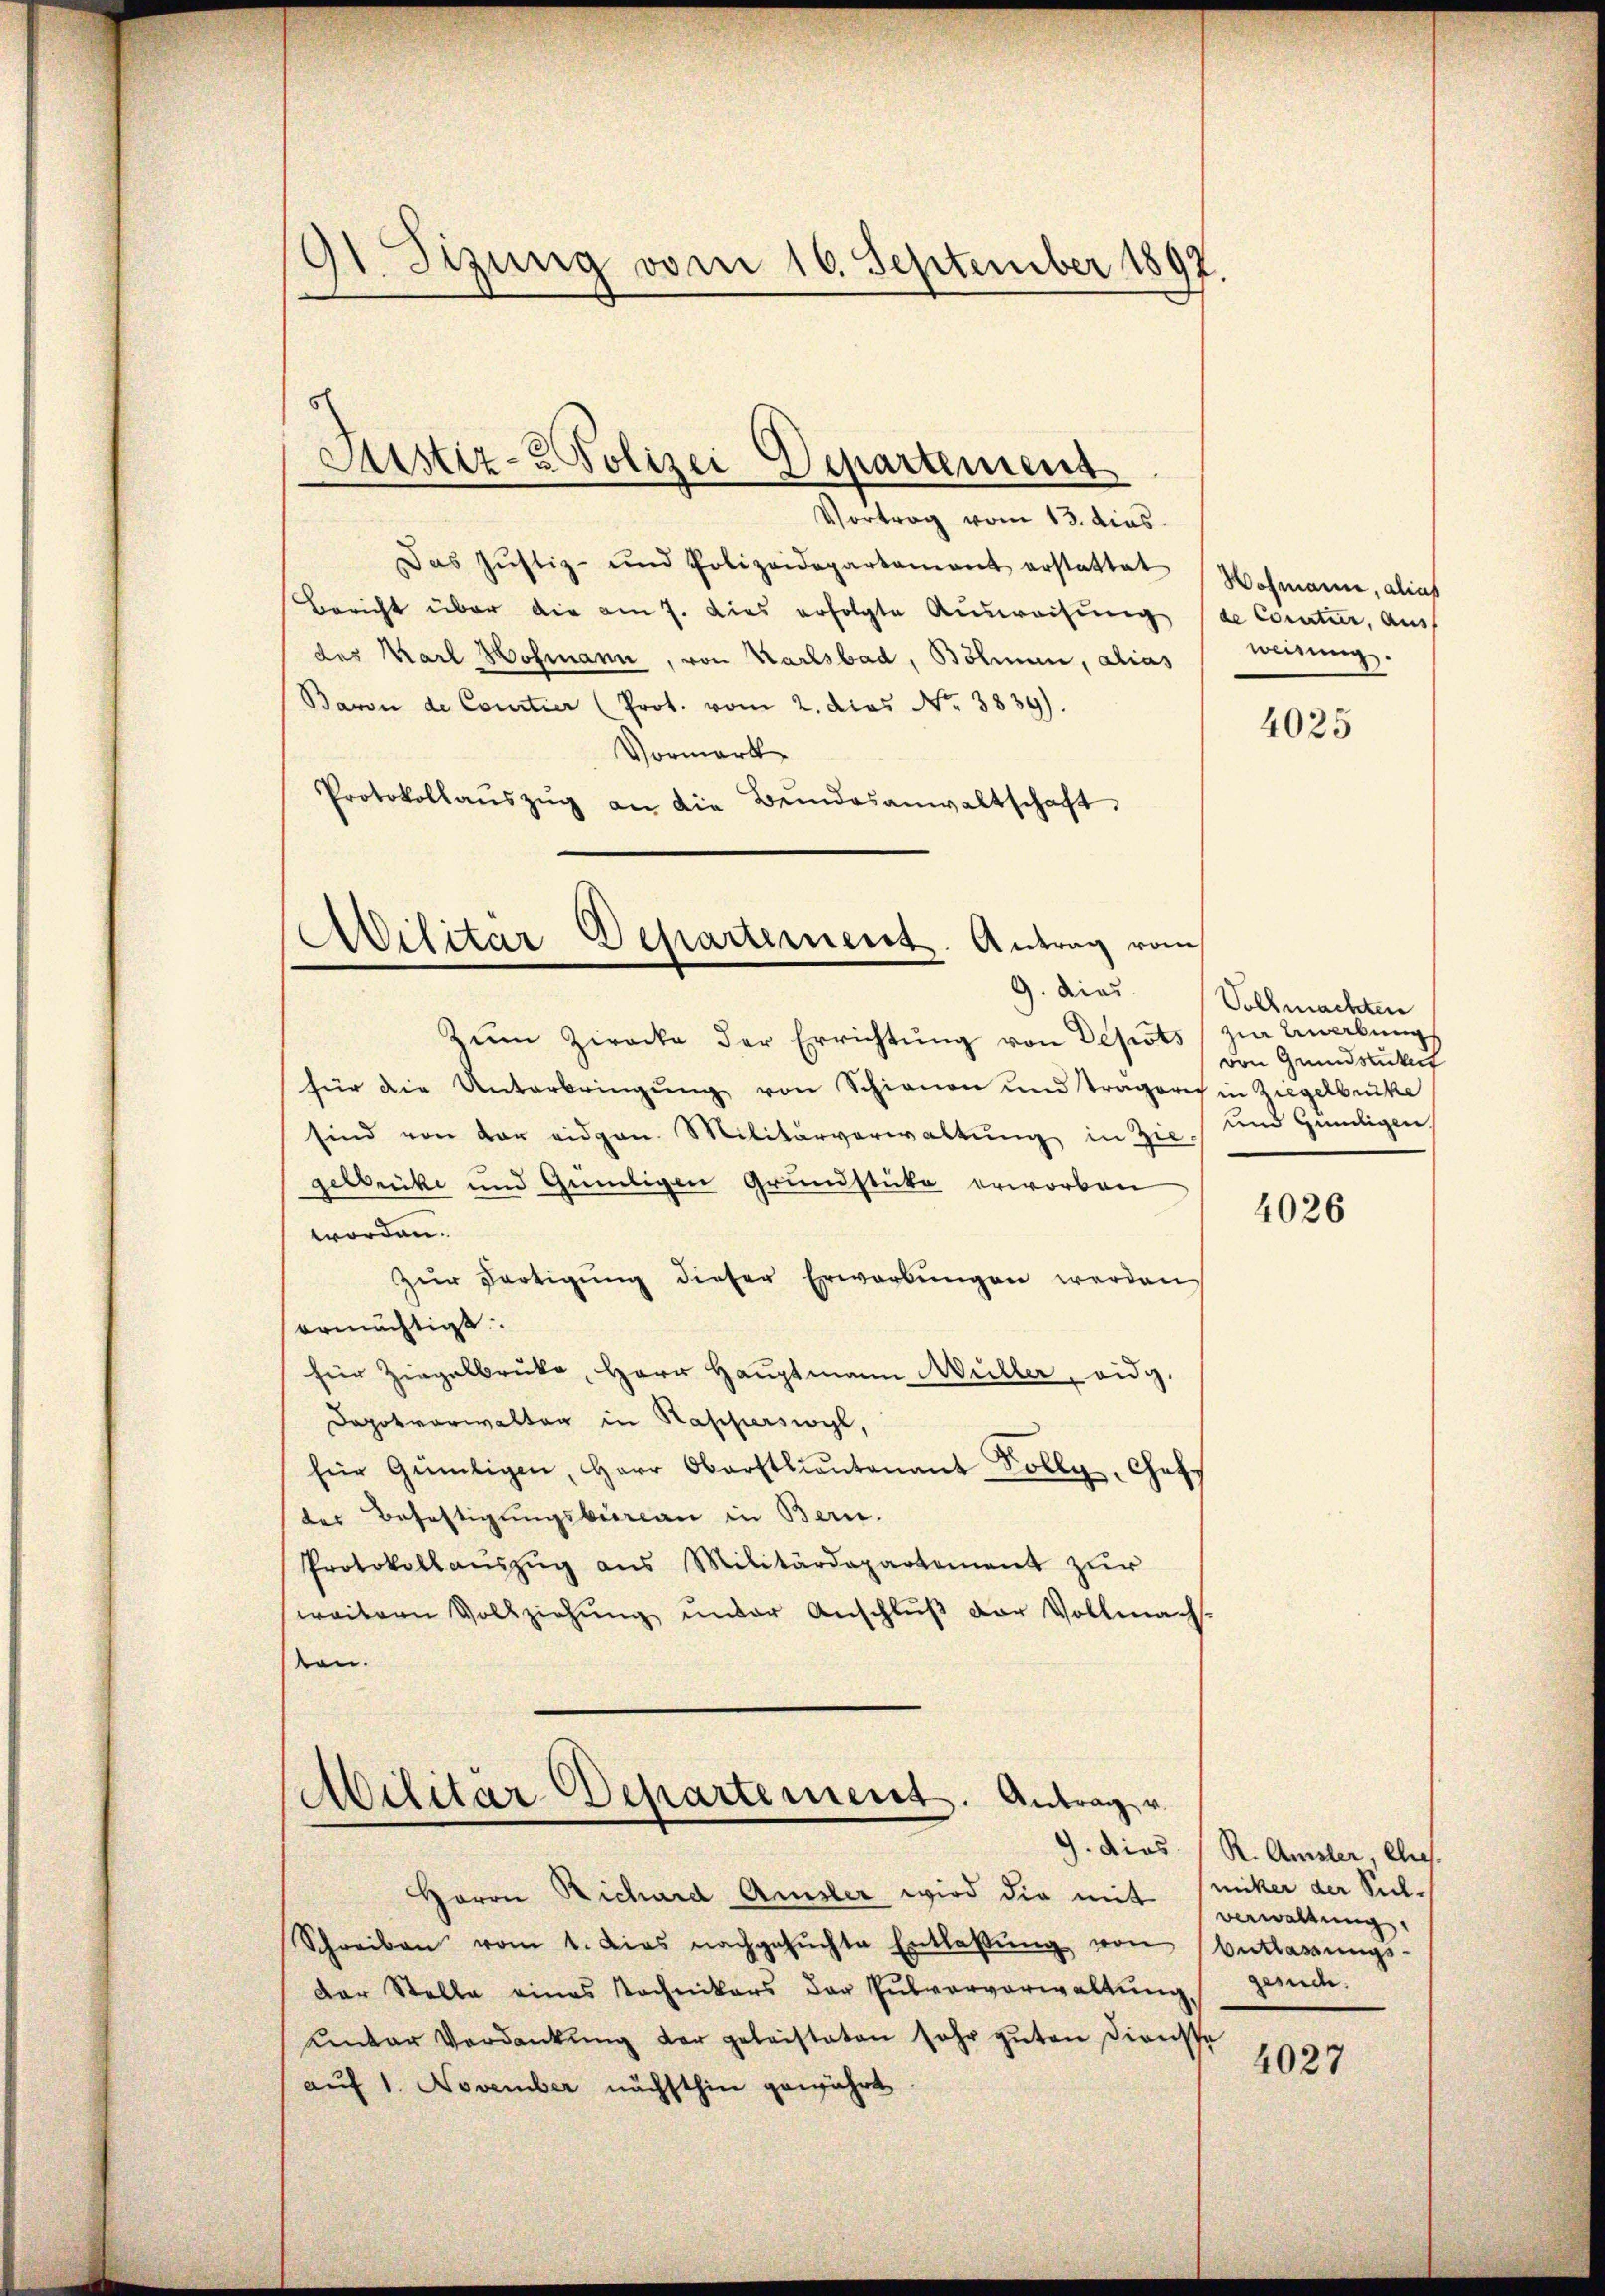
91. Sizung vom 16. September 1897.

Siustiz- & Polizei Departement

Vortrag vom 13. dies
Das Justiz- und Polizeidepartament erstattet   Wohmann, alias
Bericht über die am 7. dies erfolgte Ausweisung (de Contur, aus
des Karl Hofmann, von Karlsbad, Böhmen, alias
Baron de Courtier (Prot. vom 2. dies No. 3839).
Vormerk
Protokollaŭszŭg an die Bŭndesanwaltschaft.

Ailitar Departement. Antrag vom
9. dies

Militar-Departement. Antrag u.
9. dies

Herrn Richard Amsler wird die mit Sicker der Sul¬
Schreiben vom 1. Dies nachgesŭchte Entlassŭng von Entlassŭngs-
Der Stelle eines Tochnikers der Pulververwaltŭng gerech
unter Verdankŭng der geleistaten sehr guten Dienste
auf 1. November nächsthin gewährt

weisung.

Zŭm Ziracke der Errichtŭng von Depots zu Analung
für die Unterbringung von Schienen und Tragoris in Ziegelbrücke
sind von der eidgen. Militärverwaltŭng in Zie) und Hamligen
gelbrücke und Geiligen Grundstücke erworben
worden.
Zŭr Fertigŭng dieser Erwarbŭngen werden
ermächtigt.
für Ziegelbrücke, Herr Hauptmann Müller, eidg.
Dapotvorwalter in Rapperswyl,
für Güntigen, Herr Oberstlieutenant Solly, Chef-
des Befestigungsbureau in Bern.
Protokollaŭszŭg ans Militärdepartement zur
weitern Vollziehŭng ŭnder Anschlŭβ der Vollmach.
von.

4025

Vollmachten
von Grundstückerf

4026

R. Amsler, ehes.
Verwaltung

4027